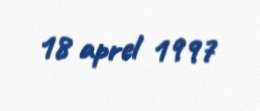
18 aprel 1997